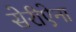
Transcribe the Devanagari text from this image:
सेरीऐना